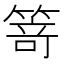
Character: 𥯽